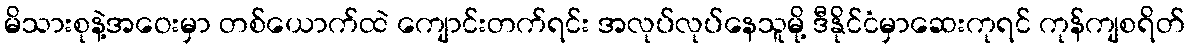
မိသားစုနဲ့အဝေးမှာ တစ်ယောက်ထဲ ကျောင်းတက်ရင်း အလုပ်လုပ်နေသူမို့ ဒီနိုင်ငံမှာဆေးကုရင် ကုန်ကျစရိတ်